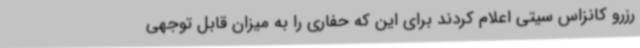
رزرو کانزاس سیتی اعلام کردند برای این که حفاری را به میزان قابل توجهی